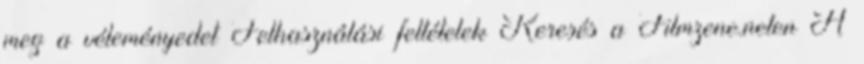
meg a véleményedet Felhasználási feltételek Keresés a Filmzene.neten A